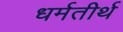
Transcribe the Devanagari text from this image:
धर्मतीर्थ